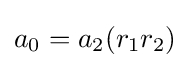
a_{0}=a_{2}(r_{1}r_{2})